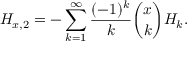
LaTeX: H _ { x , 2 } = - \sum _ { k = 1 } ^ { \infty } { \frac { ( - 1 ) ^ { k } } { k } } { \binom { x } { k } } H _ { k } .